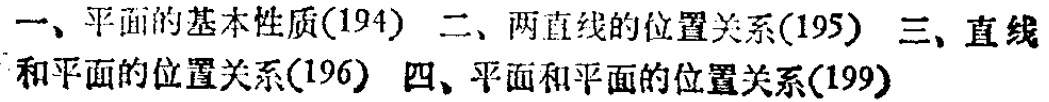
一、平面的基本性质(194) 二、两直线的位置关系(195) 三、直线和平面的位置关系(196) 四、平面和平面的位置关系(199)